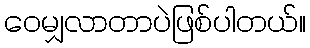
ဝေမျှလာတာပဲဖြစ်ပါတယ်။